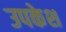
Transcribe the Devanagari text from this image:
उपकेश